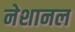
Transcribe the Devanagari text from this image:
नेशानल